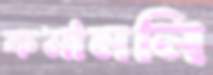
কমাননি